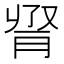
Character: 𦛫